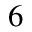
^ { 6 }